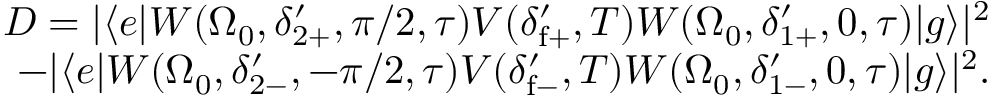
\begin{array} { r } { D = | \langle e | W ( \Omega _ { 0 } , \delta _ { 2 + } ^ { \prime } , \pi / 2 , \tau ) V ( \delta _ { \mathrm { f } + } ^ { \prime } , T ) W ( \Omega _ { 0 } , \delta _ { 1 + } ^ { \prime } , 0 , \tau ) | g \rangle | ^ { 2 } } \\ { - | \langle e | W ( \Omega _ { 0 } , \delta _ { 2 - } ^ { \prime } , - \pi / 2 , \tau ) V ( \delta _ { \mathrm { f } - } ^ { \prime } , T ) W ( \Omega _ { 0 } , \delta _ { 1 - } ^ { \prime } , 0 , \tau ) | g \rangle | ^ { 2 } . } \\ { } \end{array}